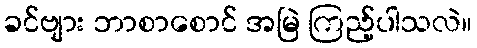
ခင်ဗျား ဘာစာစောင် အမြဲ ကြည့်ပါသလဲ။